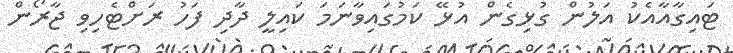
ޓައިގާއާއެކު އަލުން ގުޅިގެން އުޅޭ ކަމުގައިވާނަމަ ކައިލީ ދާދި ފަހު ރަށްޓެހިވި ޖާރޯން